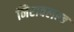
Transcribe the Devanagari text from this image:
निरावलम्ब